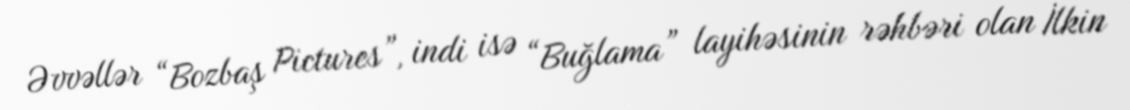
Əvvəllər “Bozbaş Pictures”, indi isə “Buğlama” layihəsinin rəhbəri olan İlkin